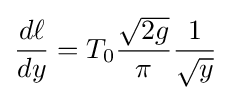
{\frac {d\ell }{dy}}=T_{0}{\frac {\sqrt {2g}}{\pi }}{\frac {1}{\sqrt {y}}}